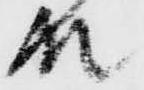
殿